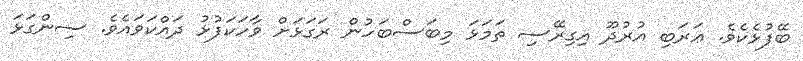
ބޭފުޅެކެވެ. ޢަރަބި އުރުދޫ އިގިރޭސި ތަމަޅަ މިބަސްބަހުން ރަގަޅަށް ވާހަކަފުޅު ދައްކަވައެވެ. ސިންގަޅަ